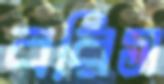
বরিস